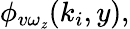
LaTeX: \phi_{v\omega_{\mathit{z}}}(k_{i},y),